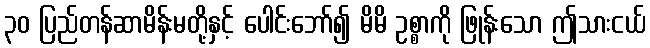
၃၀ ပြည်တန်ဆာမိန်းမတို့နှင့် ပေါင်းဘော်၍ မိမိ ဥစ္စာကို ဖြုန်းသော ဤသားငယ်